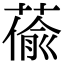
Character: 𦸄